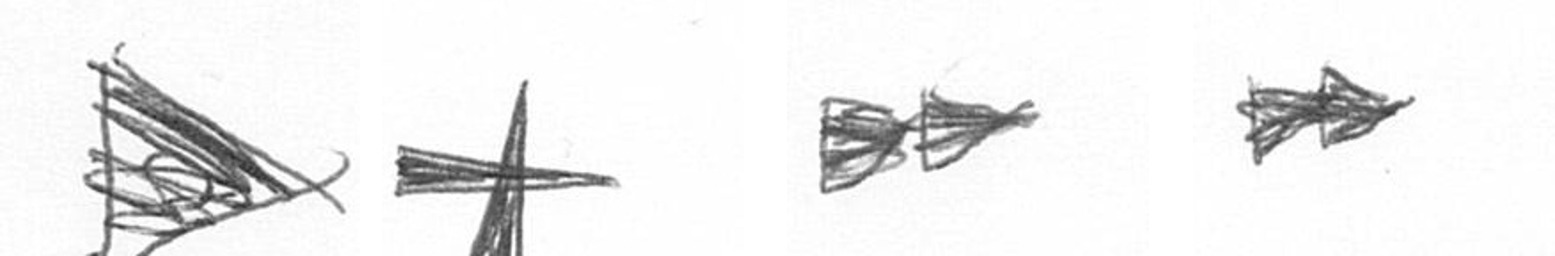
T G A A